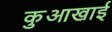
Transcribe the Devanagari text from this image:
कुआखाई